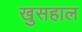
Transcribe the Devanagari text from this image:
खुसहाल